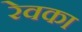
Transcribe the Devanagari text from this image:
रेवका